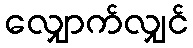
လျှောက်လျှင်